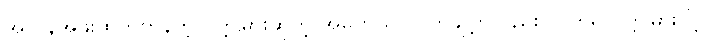
အလွန်အဖိုးထိုက်တန်တဲ့ ပတ္တမြားဆိုတဲ့ အဓိပ္ပာယ်ပါ။ တချို့ကလည်း လိုတရ ပတ္တမြားလို့